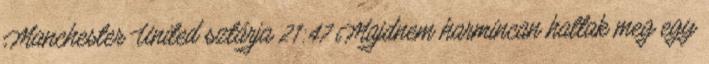
Manchester United sztárja 21:47 Majdnem harmincan haltak meg egy